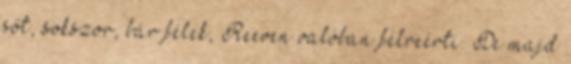
sőt, sokszor, bár félek, Reeven valóban félreérti. De majd